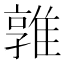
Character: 𨿡